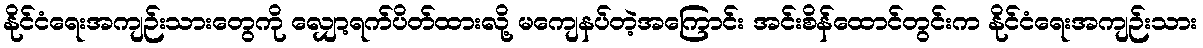
နိုင်ငံရေးအကျဉ်းသားတွေကို လျှော့ရက်ပိတ်ထားလို့ မကျေနပ်တဲ့အကြောင်း အင်းစိန်ထောင်တွင်းက နိုင်ငံရေးအကျဉ်းသား